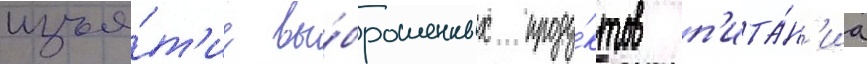
изъя́т'ие вы́брошенных проду́ктов п'ита́н'иа